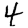
Digit: 4